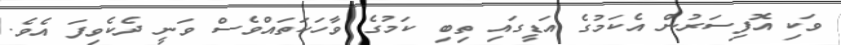
ވަކި އޮފިސަރުން އެކަމުގެ އަޑީގައި ތިބި ކަމުގެ ވާހަކަތައްވެސް ވަނީ ދެކެވިފަ އެވެ.